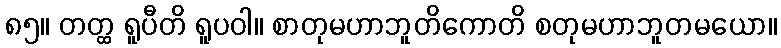
၈၅။ တတ္ထ ရူပီတိ ရူပဝါ။ စာတုမဟာဘူတိကောတိ စတုမဟာဘူတမယော။